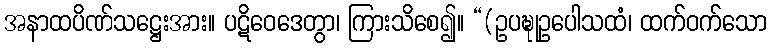
အနာထပိဏ်သဋ္ဌေးအား။ ပဋိဝေဒေတွာ၊ ကြားသိစေ၍။ “(ဥပဍ္ဎုဥပေါသထံ၊ ထက်ဝက်သော